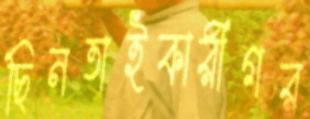
ছিনতাইকারীগর